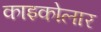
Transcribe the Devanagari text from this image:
काइकोलार